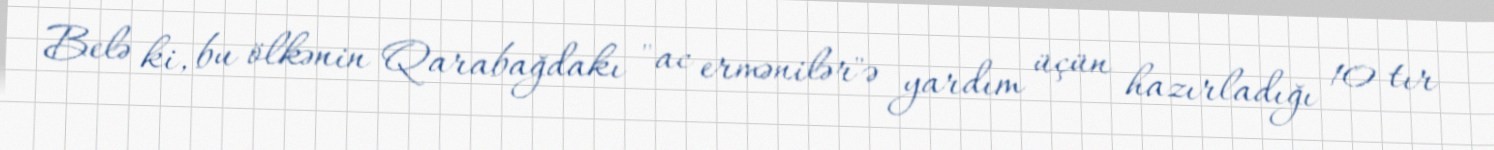
Belə ki, bu ölkənin Qarabağdakı "ac ermənilər"ə yardım üçün hazırladığı 10 tır